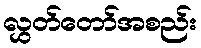
လွှတ်တော်အစည်း